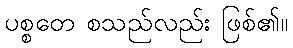
ပစ္စတေ စသည်လည်း ဖြစ်၏။